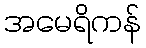
အမေရိကန်